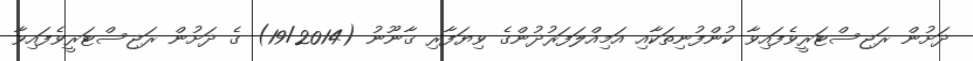
ދަށުން ރަޖިސްޓަރީވެފައިވާ ކުންފުނިތަކާއި އަމިއްލަފަރުދުންގެ ވިޔަފާރި ޤާނޫނު (19/2014) ގެ ދަށުން ރަޖިސްޓަރީވެފައިވާ